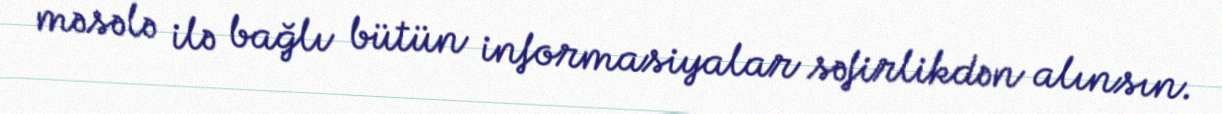
məsələ ilə bağlı bütün informasiyalar səfirlikdən alınsın.